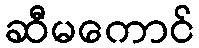
ဆီမကောင်